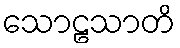
သောဠသာတိ